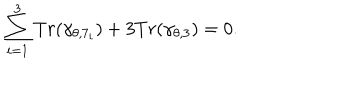
LaTeX: \sum _ { i = 1 } ^ { 3 } T r ( \gamma _ { \theta , 7 _ { i } } ) + 3 T r ( \gamma _ { \theta , 3 } ) = 0 .